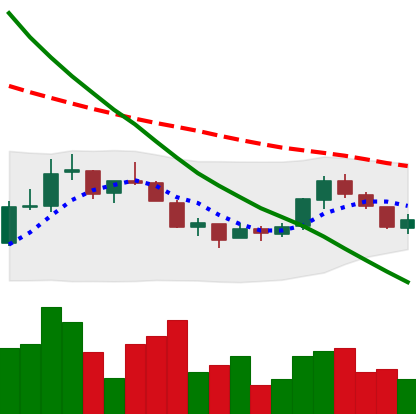
Ticker: NEO-USD
Chart end date: 2018-07-21
Forward return: -3.118%
Label: down_3_5